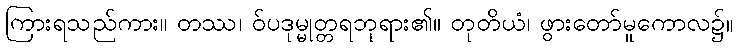
ကြားရသည်ကား။ တဿ၊ ဝ်ပဒုမ္မုတ္တရဘုရား၏။ တုတိယံ၊ ဖွားတော်မူကောလ၌။